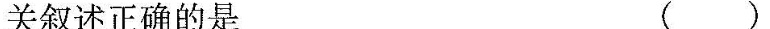
关叙述正确的是 ( )